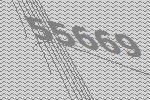
55669